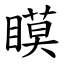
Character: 瞙